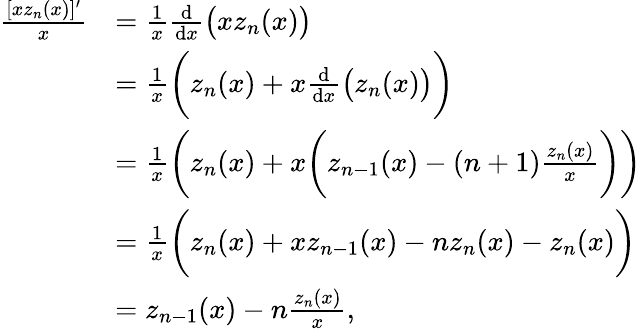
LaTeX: \begin{array}{rl}{\frac{[xz_{n}(x)]^{\prime}}{x}}&{=\frac{1}{x}\frac{\mathrm{d}}{\mathrm{d}x}\big(xz_{n}(x)\big)}\\ &{=\frac{1}{x}\bigg(z_{n}(x)+x\frac{\mathrm{d}}{\mathrm{d}x}\big(z_{n}(x)\big)\bigg)}\\ &{=\frac{1}{x}\bigg(z_{n}(x)+x\bigg(z_{n-1}(x)-(n+1)\frac{z_{n}(x)}{x}\bigg)\bigg)}\\ &{=\frac{1}{x}\bigg(z_{n}(x)+xz_{n-1}(x)-nz_{n}(x)-z_{n}(x)\bigg)}\\ &{=z_{n-1}(x)-n\frac{z_{n}(x)}{x},}\end{array}